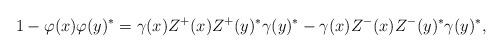
LaTeX: \begin{align*} 1-\varphi(x)\varphi(y)^* = \gamma(x)Z^+(x)Z^+(y)^*\gamma(y)^* - \gamma(x)Z^-(x)Z^-(y)^*\gamma(y)^*, \end{align*}